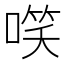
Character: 㗛